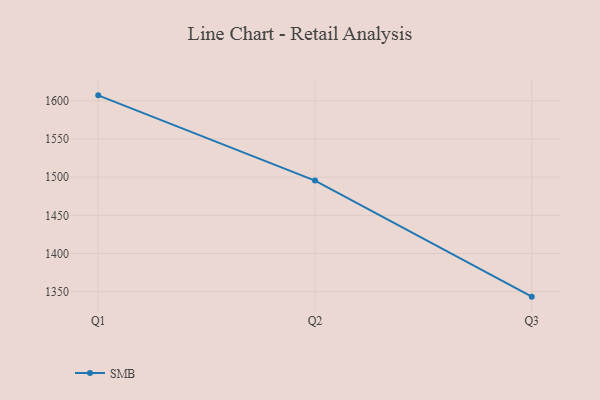
{"axis": {"x": "Quarter", "y": "Active Users"}, "legend": ["SMB"], "data": [{"x": "Q1", "y": 1607.1, "type": "SMB"}, {"x": "Q2", "y": 1495.5, "type": "SMB"}, {"x": "Q3", "y": 1343.6, "type": "SMB"}]}